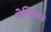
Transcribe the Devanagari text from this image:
बेसिखतस